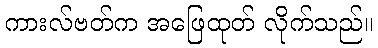
ကားလ်ဗတ်က အဖြေထုတ် လိုက်သည်။